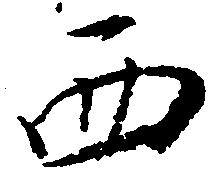
西